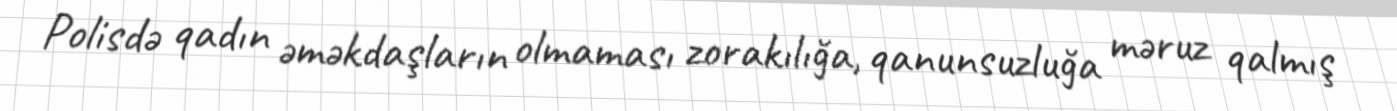
Polisdə qadın əməkdaşların olmaması zorakılığa, qanunsuzluğa məruz qalmış